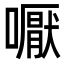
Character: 嚈